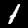
Digit: 1